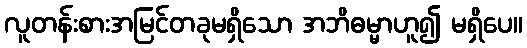
လူတန်းစားအမြင်တခုမရှိသော အဘိဓမ္မာဟူ၍ မရှိပေ။